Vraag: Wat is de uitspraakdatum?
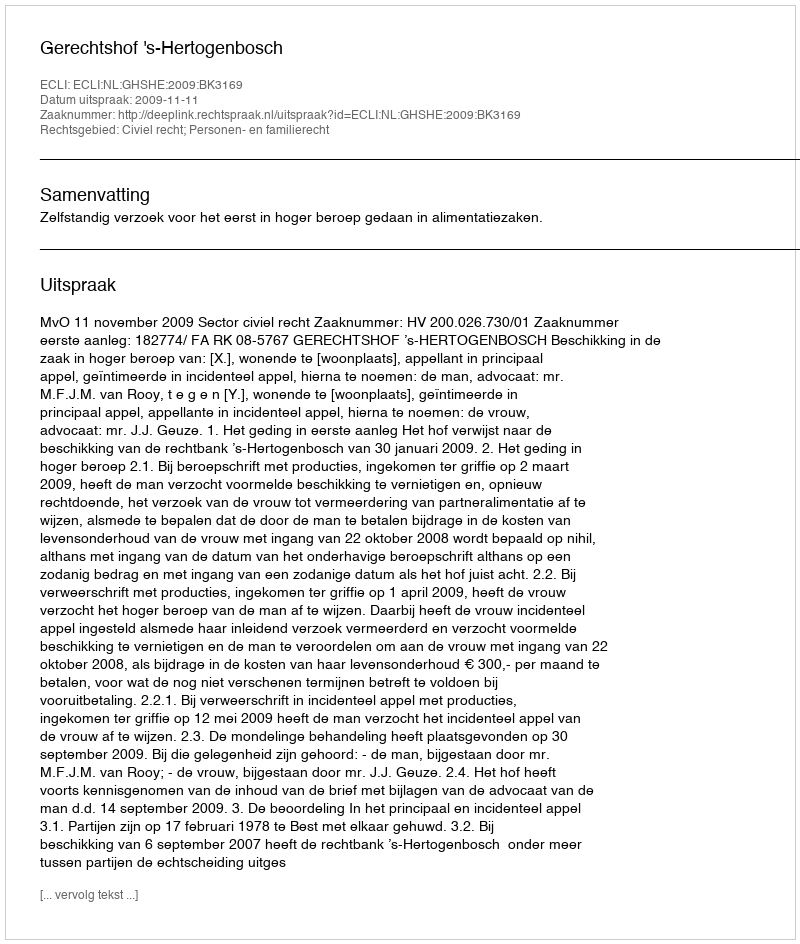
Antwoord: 2009-11-11